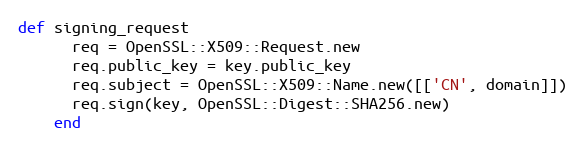
Language: Ruby
def signing_request
      req = OpenSSL::X509::Request.new
      req.public_key = key.public_key
      req.subject = OpenSSL::X509::Name.new([['CN', domain]])
      req.sign(key, OpenSSL::Digest::SHA256.new)
    end